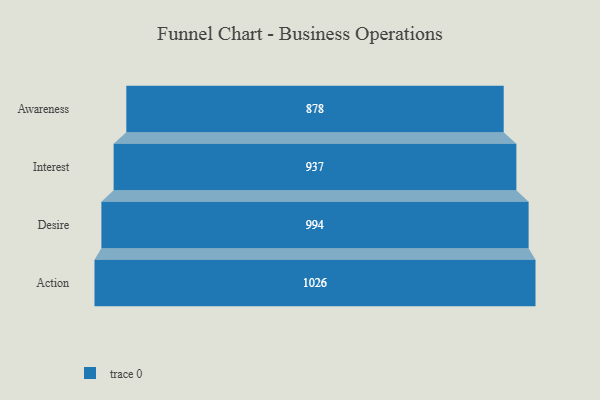
{"axis": {"x": "Stage", "y": "Value"}, "legend": [""], "data": [{"x": "Awareness", "y": 878.0, "type": ""}, {"x": "Interest", "y": 937.0, "type": ""}, {"x": "Desire", "y": 994.0, "type": ""}, {"x": "Action", "y": 1026.0, "type": ""}]}